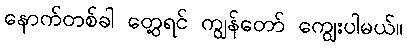
နောက်တစ်ခါ တွေ့ရင် ကျွန်တော် ကျွေးပါမယ်။